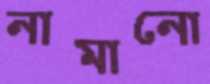
নামানো